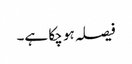
فیصلہ ہو چکا ہے۔